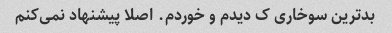
بدترین سوخاری ک دیدم و خوردم. اصلا پیشنهاد نمی‌کنم